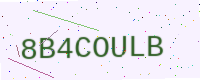
Text: 8B4COULB